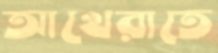
আখেরাতে